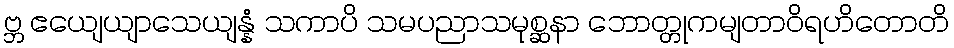
ဗ္ဘ ဧယျေယျာသေယျန္နံ သကာပိ သမပညာသမုစ္ဆနာ ဘောတ္တုကမျတာဝိရဟိတောတိ